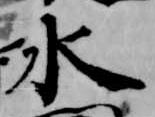
水